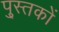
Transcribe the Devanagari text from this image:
पु्स्तकों